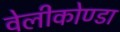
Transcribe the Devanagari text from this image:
वेलीकोण्डा